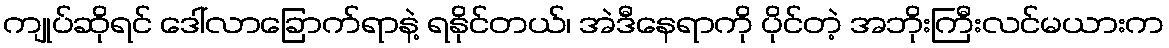
ကျုပ်ဆိုရင် ဒေါ်လာခြောက်ရာနဲ့ ရနိုင်တယ်၊ အဲဒီနေရာကို ပိုင်တဲ့ အဘိုးကြီးလင်မယားက